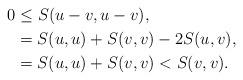
LaTeX: \begin{align*}0 &\leq S(u-v,u-v),\\&=S(u,u)+S(v,v)-2S(u,v),\\&=S(u,u)+S(v,v) < S(v,v).\end{align*}